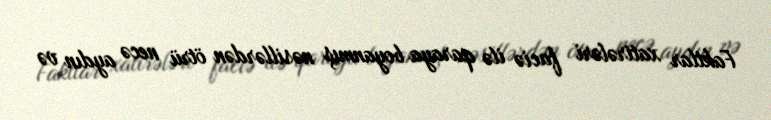
Faktlar xatirələri faciə ilə qaraya boyanmış nəsillərdən ötrü necə aydın və